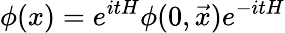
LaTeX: \phi(x)=e^{itH}\phi(0,\vec{x})e^{-itH}